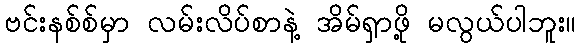
ဗင်းနစ်စ်မှာ လမ်းလိပ်စာနဲ့ အိမ်ရှာဖို့ မလွယ်ပါဘူး။